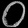
Digit: ၀